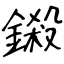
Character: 鎩